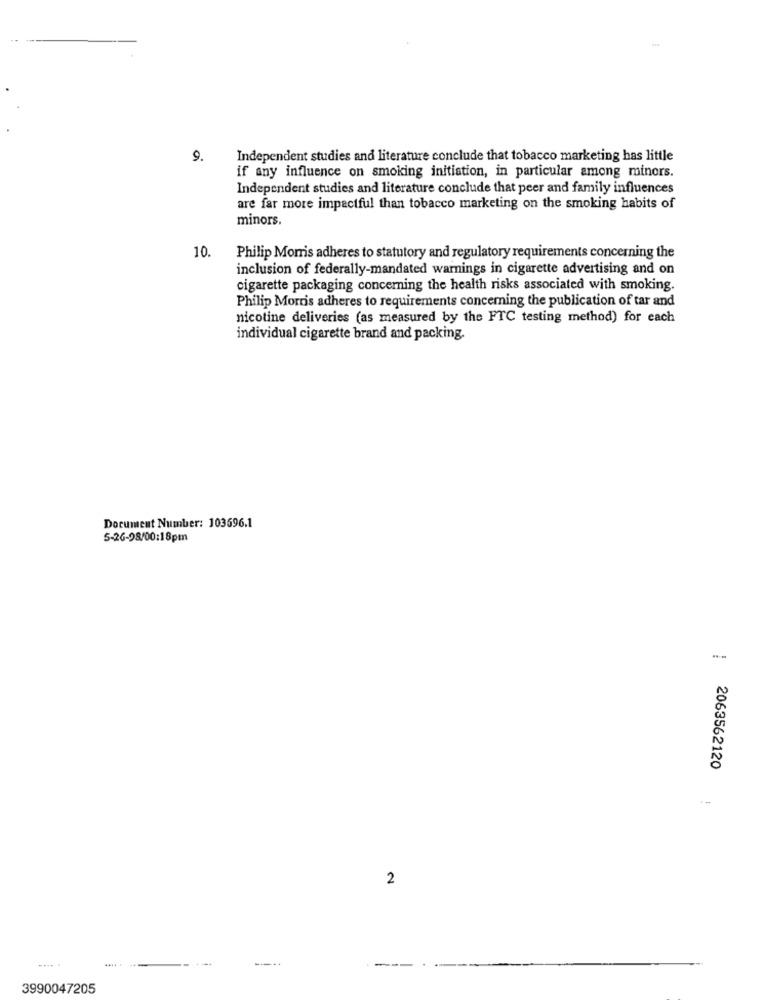
9.
Independent studies and literature conclude that tobacco marketing has little
if any influence on smoking initiation, in particular among minors.
Independent studies and literature conclude that peer and family influences
are far more impactful than tobacco marketing on the smoking habits of
minors.
10.
Philip Morris adheres to statutory and regulatory requirements concerning the
inclusion of federally-mandated warnings in cigarette advertising and on
cigarette packaging concerning the health risks associated with smoking.
Philip Morris adheres to requirements concerning the publication of tar and
nicotine deliveries (as measured by the FTC testing method) for each
individual cigarette brand and packing.
Document Number: 103696.1
5-26-98/00:18pm
2063562120
2
3990047205